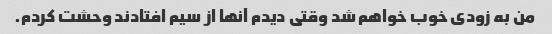
من به زودی خوب خواهم شد وقتی دیدم آنها از سیم افتادند وحشت کردم.